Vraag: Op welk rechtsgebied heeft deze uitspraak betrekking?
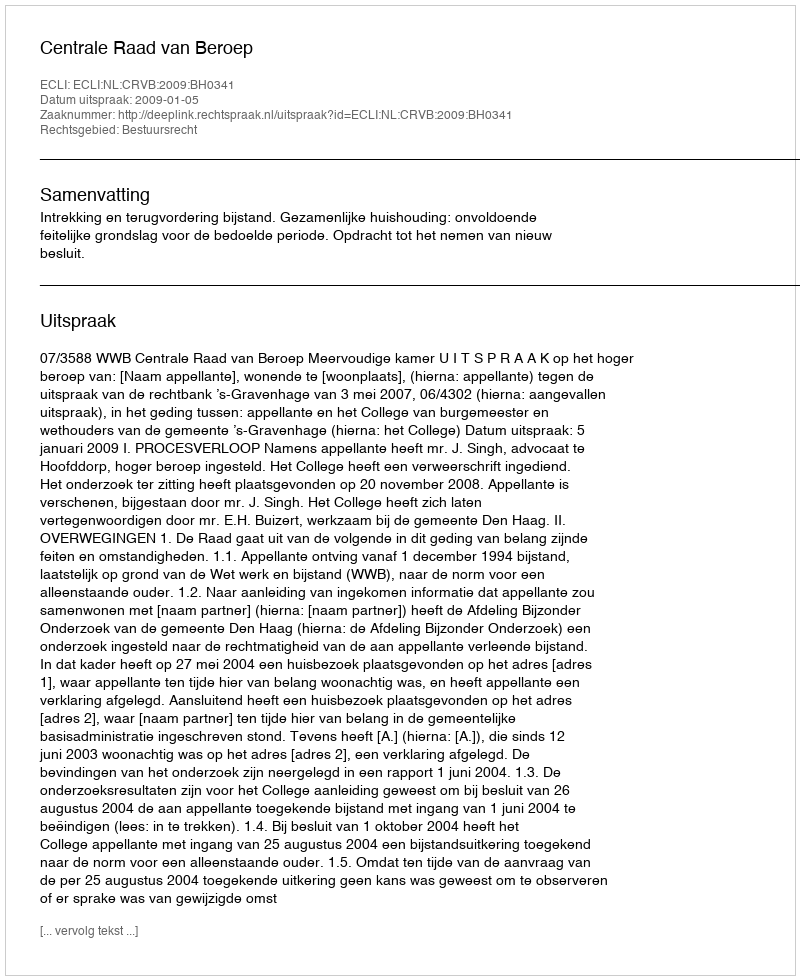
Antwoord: Bestuursrecht